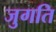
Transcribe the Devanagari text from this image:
जुगति